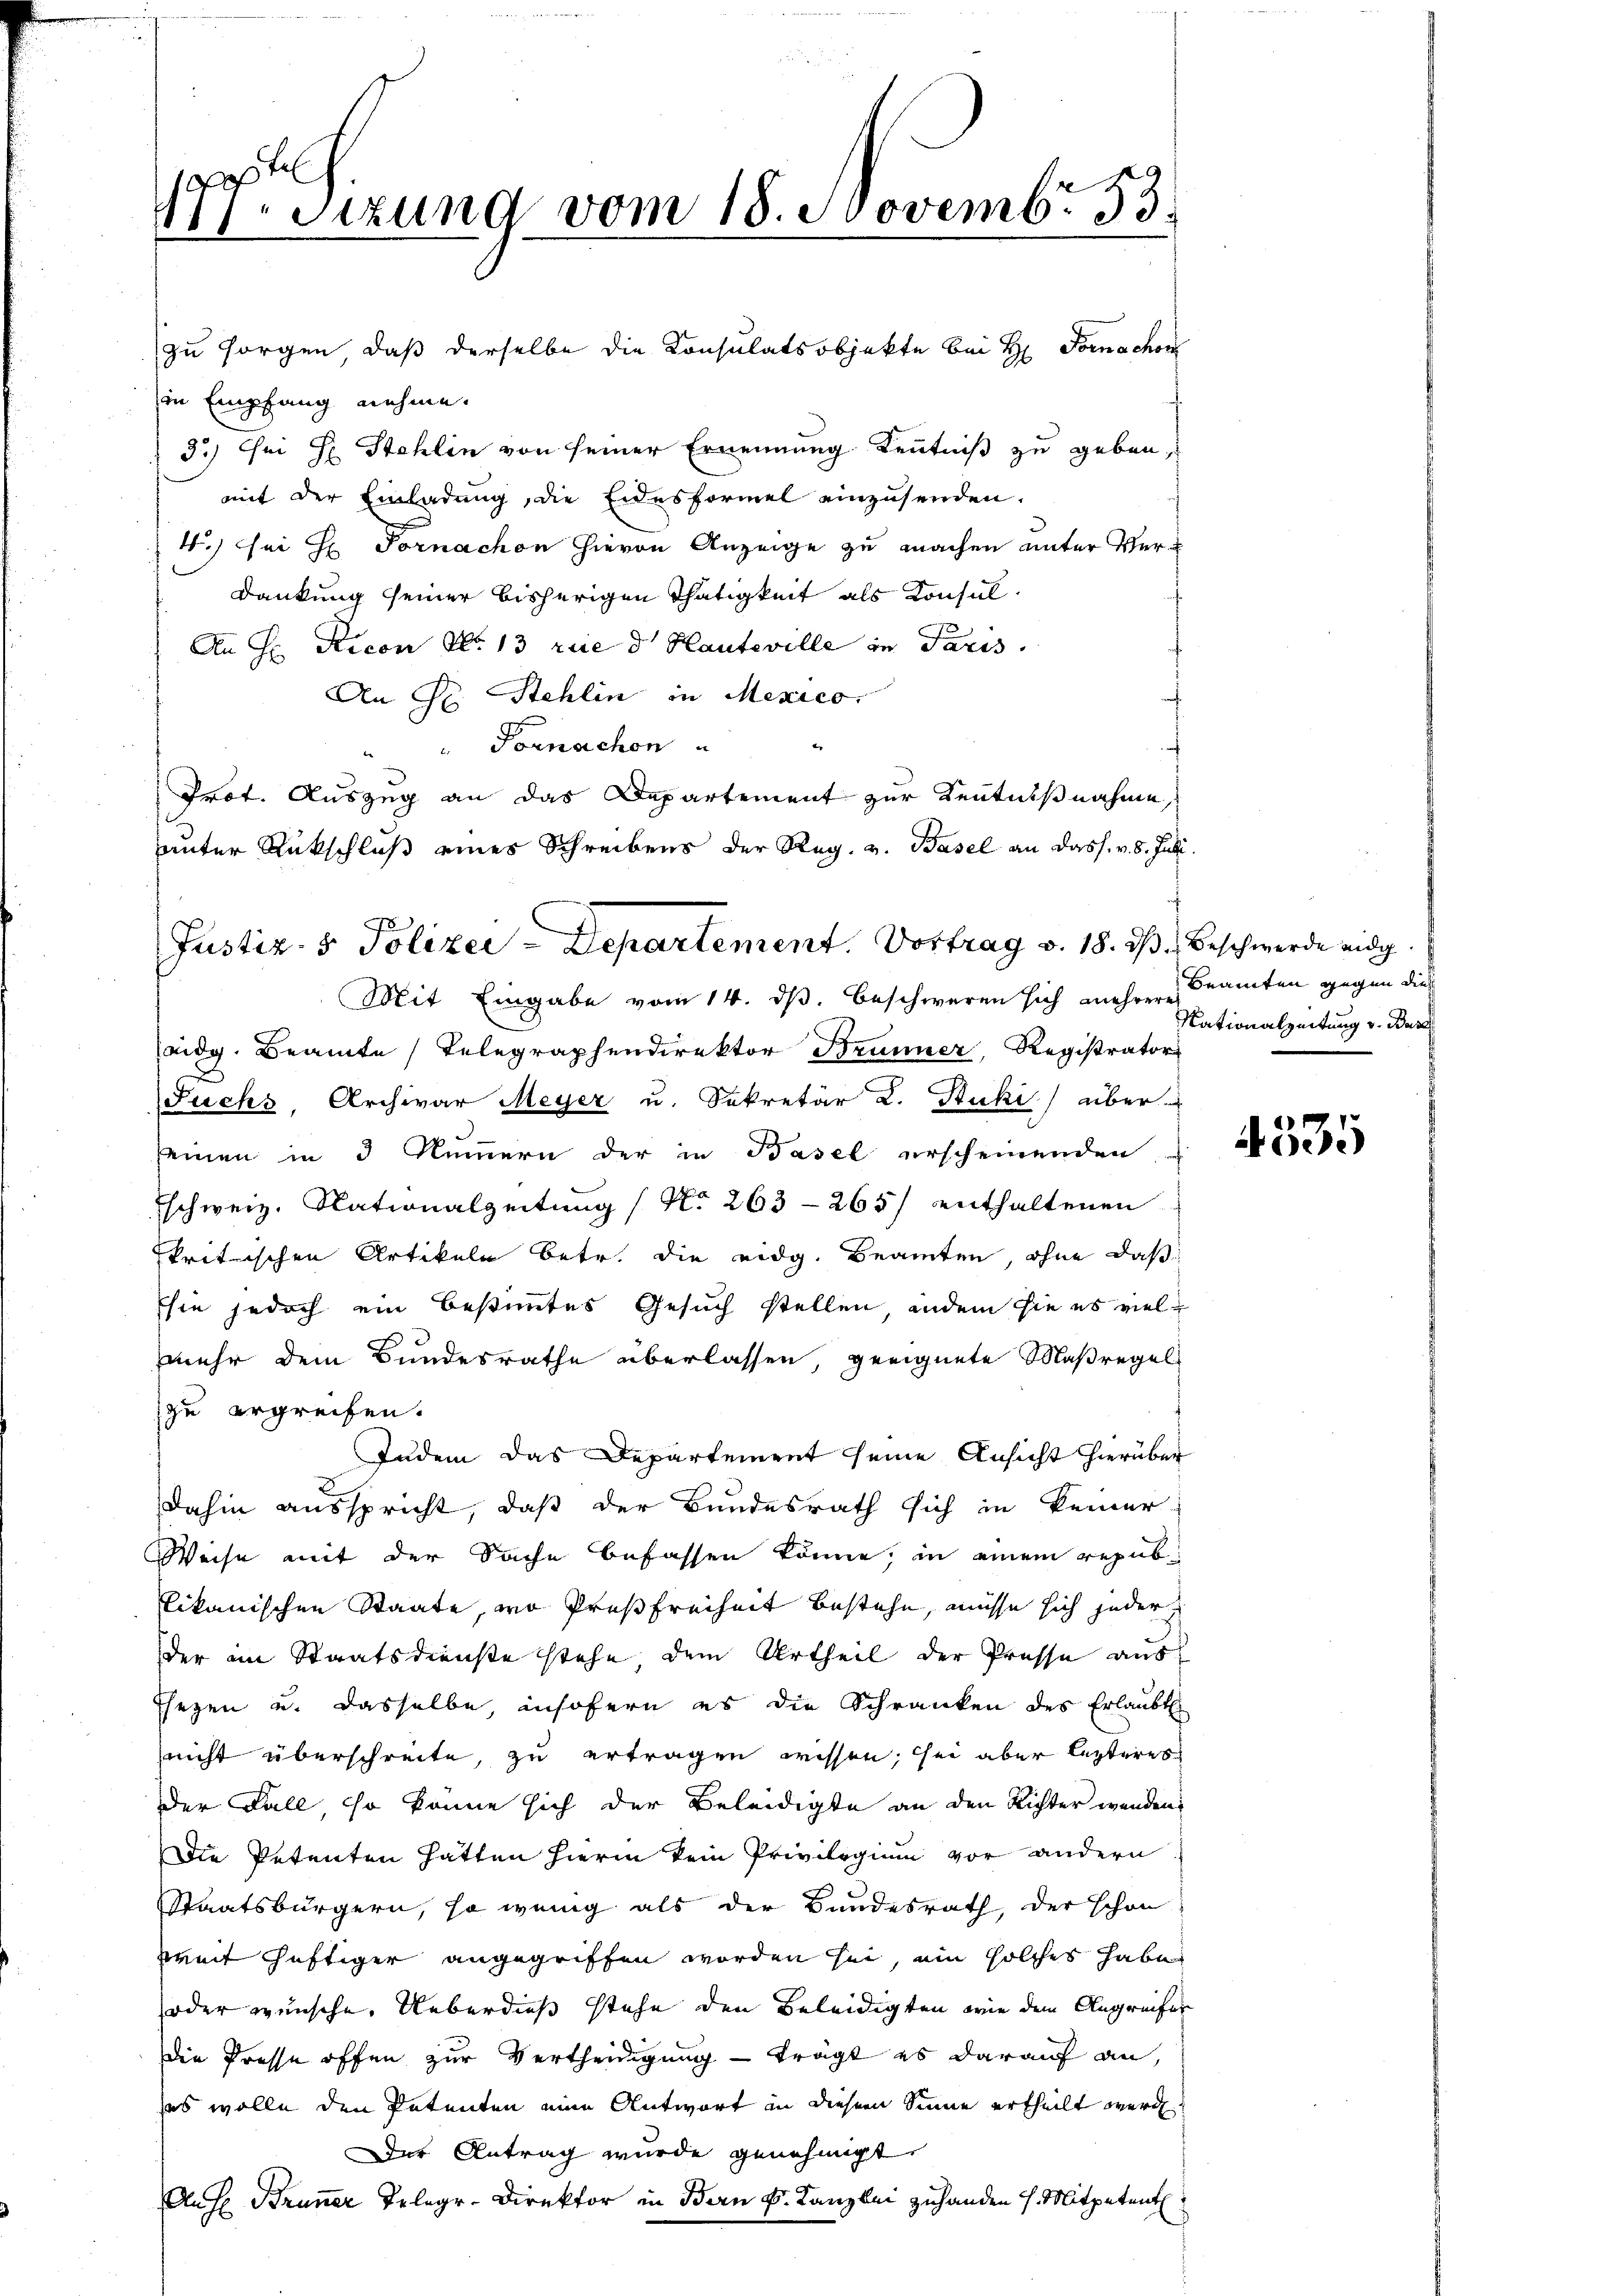
177. Sizung vom 18. Novembr 53.

zu sorgen, daß derselbe die Consulatsobjekte bei H. Fornachon
in Empfang nehme.
3.) Sei H. Stehlin von seiner Ernennung Kenntniß zu geben,
mit der Einladung, die Eidesformel einzusenden.
4.) Sei H. Fornachon hievon Anzeige zu machen unter Ver¬
Dankung seiner bisherigen Thätigkeit als Konsul¬
3
An H. Ricon No. 13 rue d Hauteville in Paris.
An Fr. Stehlin in Mexico.
Fornachon
Prof. Auszug an das Departement zur Kenntnißnahme,
unter Rückschluß eines Schreibens der Reg. v. Basel an dass. v. 8. Juli.
Mit Eingabe vom 14. ds. beschweren sich mehrere Beamten gegen dies
eidg. Beamte Telegraphendirektor Brunner, Registrator
Fuchs, Archivar Meyer u. Sekretär L. Stuki) über-
seinen in 3 Nummern der in Basel erscheinenden
Eschweiz. Nationalzeitung / No 263-265/ enthaltenen
kritischen Artikeln betr. die eidg. Beamten, ohne daß
sie jedoch ein bestimmtes Gesuch stellen, indem sie es viel
mehr dem Bundesrathe überlassen, geeignete Maßregel
zu ergreifen.
Judem das Departement seine Ansicht hierüber
2
dahin ausspricht, daß der Bundesrath sich in keiner
Weise mit der Sache befassen könne, in einem republikanischen Staate, wo Preßfreiheit bestehe, müsse sich jeder
der im Staatsdienste stehe dem Urtheil der Presse aus
Ehezen u. dasselbe, insofern es die Schranken des Erlaubt
nicht überschreite, zu ertragen wissen, sei aber letzteres
der Fall, so könne sich der Beleidigte an den Richter wenden
Die Petenten hatten hierin kein Privilegium vor andern
Staatsbürgern, so wenig als der Bundesrath, der schon
breit heftiger angegriffen worden sei, ein solches habe
oder wünsche. Ueberdieß stehe den Beleidigten wie dem Angreifer
die Presse offen zur Vertheidigung — trägt es darauf an,
ses wolle den Petenten eine Antwort in diesem Sinne ertheilt werde.
Der Antrag wurde genehmigt.
Aus Bruner Telegr-Direktor in Bern k. Kanzlei zuhanden 7. Mitpetent

Justiz- & Polizei-Departement. Vortrag v. 18. dβ. Beschwerde eidg.

Nationalzeitung v. Bar

4535